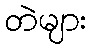
တဲများ